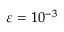
\varepsilon = 1 0 ^ { - 3 }